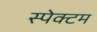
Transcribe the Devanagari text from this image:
स्पेक्टम